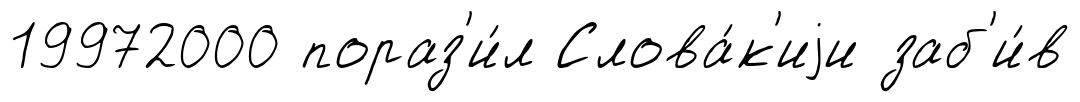
19972000 пораз'и́л Слова́к'иjи заб'и́в